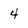
Character: 4